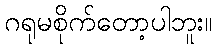
ဂရုမစိုက်တော့ပါဘူး။